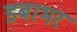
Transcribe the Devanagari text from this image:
डबाभर